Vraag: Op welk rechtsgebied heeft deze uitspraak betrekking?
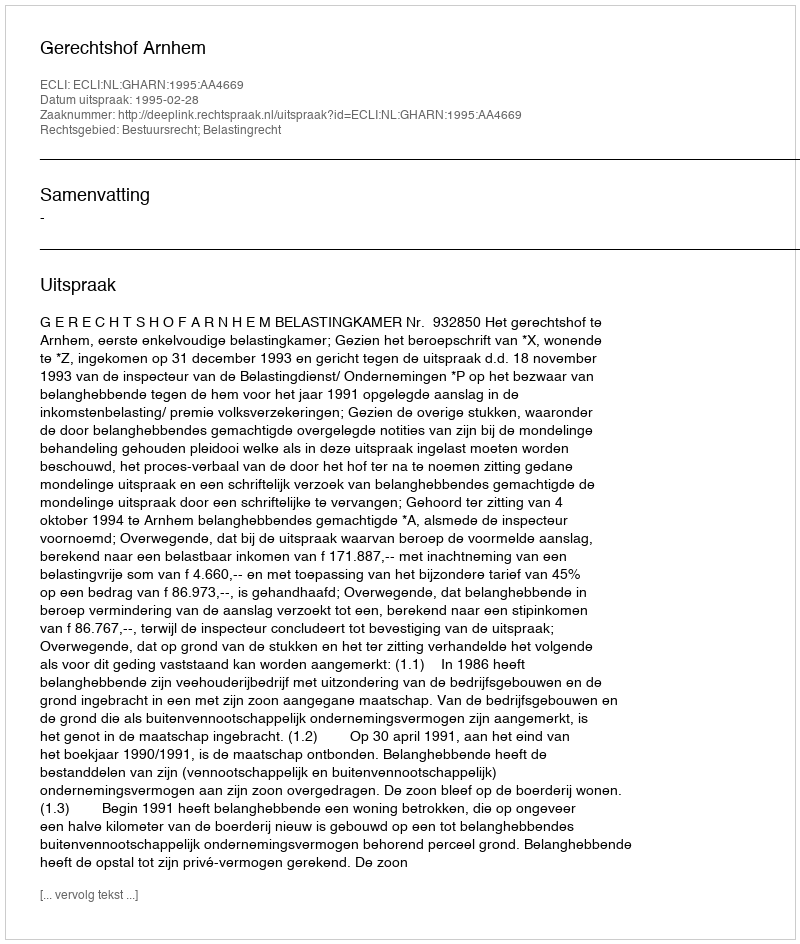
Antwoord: Bestuursrecht; Belastingrecht